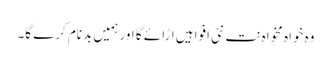
وہ خواہ مخواہ نت نئی افواہیں اڑائے گا اور ہمیں بدنام کرے گا۔